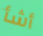
أشأ